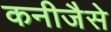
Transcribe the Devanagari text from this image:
कनीजैसे